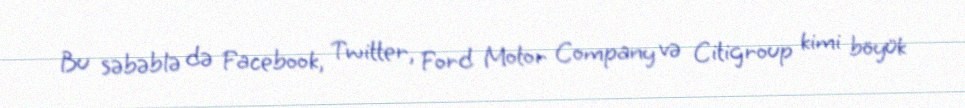
Bu səbəblə də Facebook, Twitter, Ford Motor Company və Citigroup kimi böyük